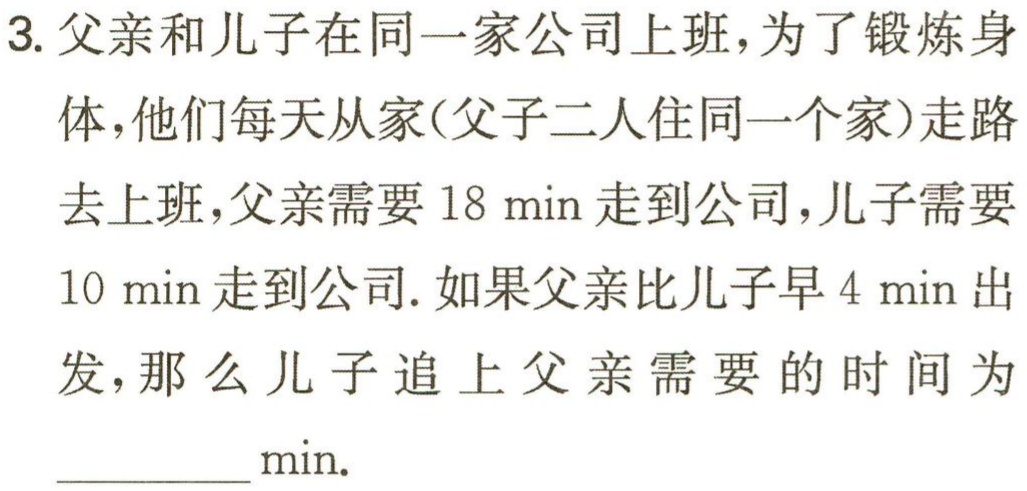
3. 父亲和儿子在同一家公司上班，为了锻炼身体，他们每天从家(父子二人住同一个家)走路去上班，父亲需要 \(18\min\) 走到公司，儿子需要 \(10\min\) 走到公司. 如果父亲比儿子早 \(4\min\) 出发，那么儿子追上父亲需要的时间为__________\(\min\).